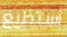
أستطيع